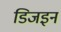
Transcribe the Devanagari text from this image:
डिजइन